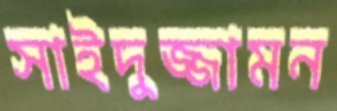
সাইদুজ্জামন